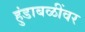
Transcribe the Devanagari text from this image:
हुंडाबळींवर